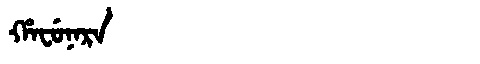
Manchu: ᡥᠠᠸᡠᠨᠠᡵᠠ
Romanization: HAFUNARA